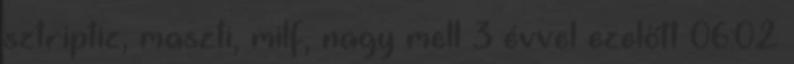
sztriptiz, maszti, milf, nagy mell 3 évvel ezelőtt 06:02